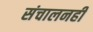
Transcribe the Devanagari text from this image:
संचालनही